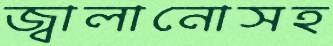
জ্বালানোসহ